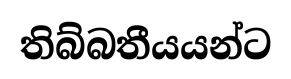
තිබ්බතීයයන්ට